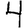
Digit: 4